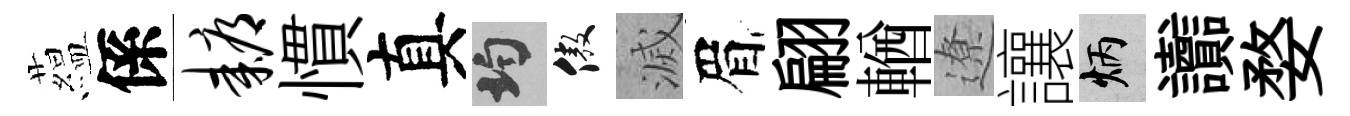
藴係耨慣真均傲滅眉翩輶遼讓炳讟婺